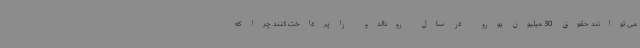
می توانند حقوق 30 میلیون یورو در سال رونالدو را پرداخت کنند چرا که